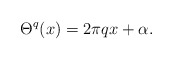
\begin{align*} \Theta^q(x) = 2\pi q x + \alpha. \end{align*}